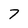
Character: 7